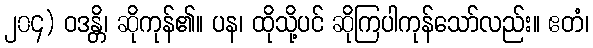
၂၀၄) ဝဒန္တိ၊ ဆိုကုန်၏။ ပန၊ ထိုသို့ပင် ဆိုကြပါကုန်သော်လည်း။ ဧတံ၊